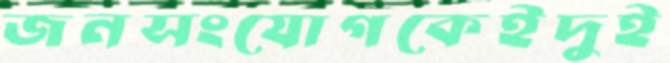
জনসংযোগকেইদুই